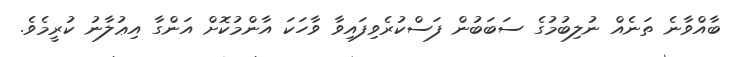
ބާއްވާނެ ތަނެއް ނުލިބުމުގެ ސަބަބުން ފަސްކުރެވިފައިވާ ވާހަކަ އާންމުކޮށް އަންގާ އިޢުލާނު ކުރީމެވެ.